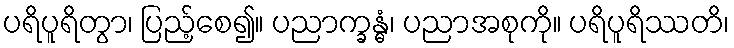
ပရိပူရိတွာ၊ ပြည့်စေ၍။ ပညာက္ခန္ဓံ၊ ပညာအစုကို။ ပရိပူရိဿတိ၊